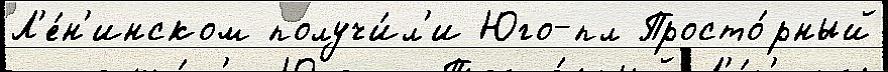
Л'е́н'инском получи́л'и Юго-пл Просто́рный